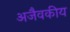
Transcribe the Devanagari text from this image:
अजैवकीय